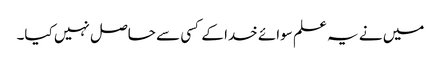
میں نے یہ علم سوائے خدا کے کسی سے حاصل نہیں کیا۔